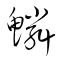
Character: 鱗